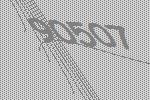
90507